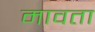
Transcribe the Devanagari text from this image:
मावता